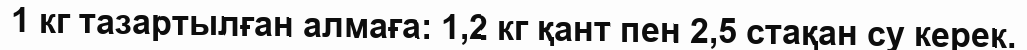
1 кг тазартылған алмаға: 1,2 кг қант пен 2,5 стақан су керек.